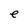
Character: e